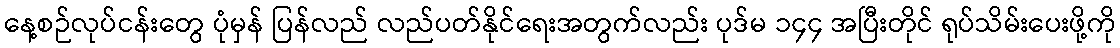
နေ့စဉ်လုပ်ငန်းတွေ ပုံမှန် ပြန်လည် လည်ပတ်နိုင်ရေးအတွက်လည်း ပုဒ်မ ၁၄၄ အပြီးတိုင် ရုပ်သိမ်းပေးဖို့ကို